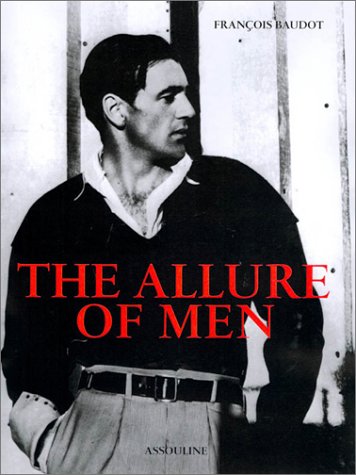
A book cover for The Allure Of Men; Francois Baudot; Health, Fitness & Dieting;